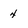
Character: 4